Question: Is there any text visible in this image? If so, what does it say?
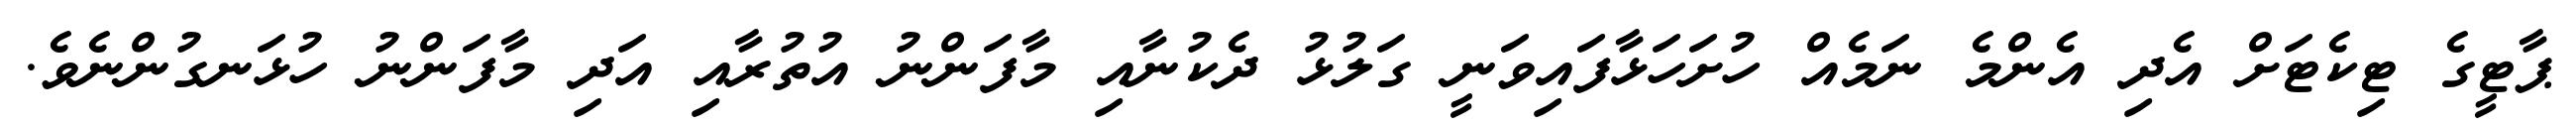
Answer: ޕާޓީގެ ޓިކެޓަށް އެދި އެންމެ ނަމެއް ހުށަހަޅާފައިވަނީ ގަލުޅު ދެކުނާއި މާފަންނު އުތުރާއި އަދި މާފަންނު ހުޅަނގުންނެވެ.